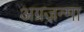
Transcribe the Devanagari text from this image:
अग्रजन्मा